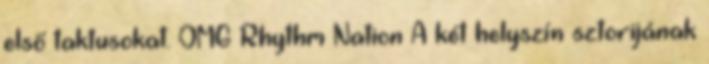
első taktusokat. OMG Rhythm Nation A két helyszín sztorijának